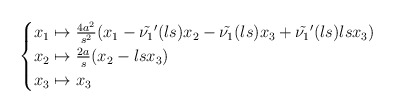
\begin{align*} \begin{cases}x_1\mapsto \frac{4a^2}{s^2}(x_1-\tilde{\nu_1}'(ls)x_2-\tilde{\nu_1}(ls)x_3+\tilde{\nu_1}'(ls)lsx_3)\\ x_2\mapsto \frac{2a}{s}(x_2-lsx_3)\\x_3\mapsto x_3\end{cases} \end{align*}